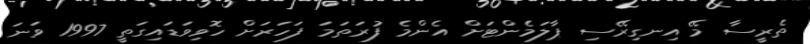
ތެރީސާ މޭ އިނގިރޭސި ޕާލަމެންޓަށް އެންމެ ފުރަތަމަ ފަހަރަށް ހޮވިވަޑައިގަތީ 1997 ވަނަ